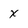
Character: X